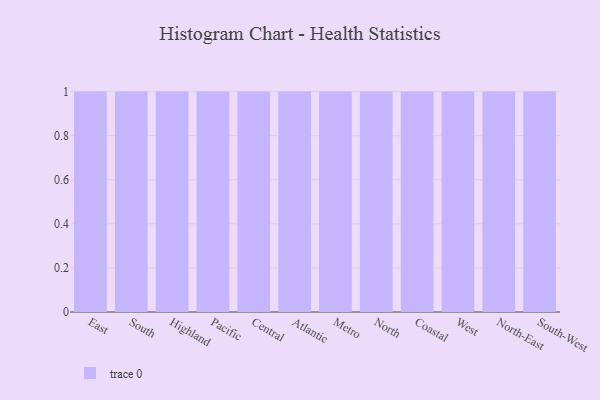
{"axis": {"x": "Region", "y": "Gross Profit (USD K)"}, "legend": [""], "data": [{"x": "East", "y": 76, "type": ""}, {"x": "South", "y": 59, "type": ""}, {"x": "Highland", "y": 100, "type": ""}, {"x": "Pacific", "y": 43, "type": ""}, {"x": "Central", "y": 27, "type": ""}, {"x": "Atlantic", "y": 8, "type": ""}, {"x": "Metro", "y": 7, "type": ""}, {"x": "North", "y": 2, "type": ""}, {"x": "Coastal", "y": 38, "type": ""}, {"x": "West", "y": 12, "type": ""}, {"x": "North-East", "y": 39, "type": ""}, {"x": "South-West", "y": 74, "type": ""}]}